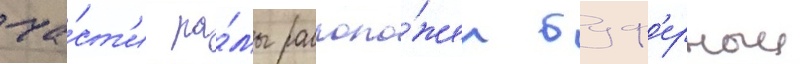
ча́ст'и ра́мы располо́жен буф'ерныи